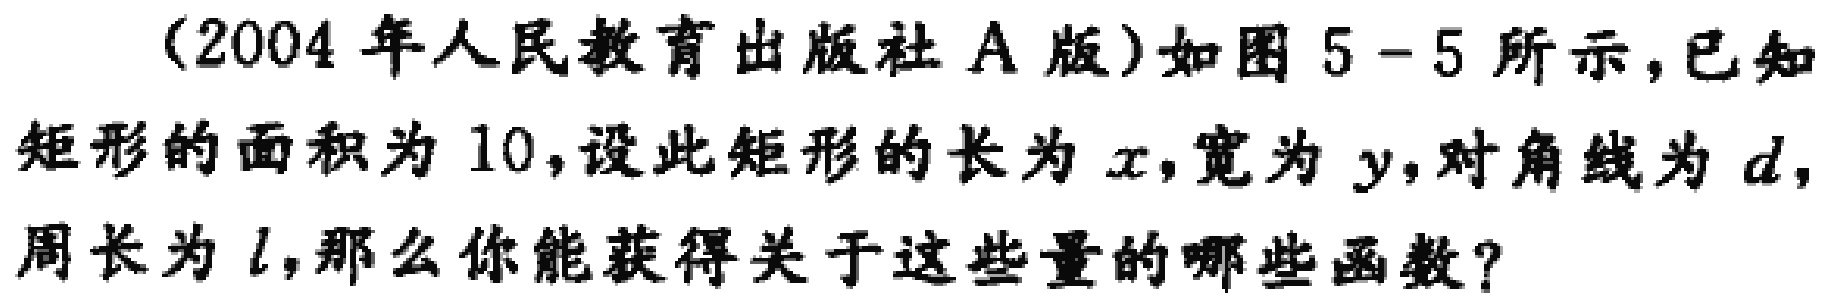
(2004 年人民教育出版社 A 版)如图 5-5 所示，已知矩形的面积为 10，设此矩形的长为 \(x\)，宽为 \(y\)，对角线为 \(d\)，周长为 \(l\)，那么你能获得关于这些量的哪些函数？